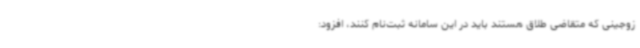
زوجینی که متقاضی طلاق هستند باید در این سامانه ثبت‌نام کنند، افزود: